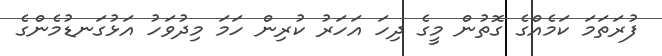
ފުރަތަމަ ކަމެއްގެ ގޮތުން މީގެ ދިހަ އަހަރު ކުރިން ހަމަ މިދުވަހު އަޅުގަނޑުމެންގެ